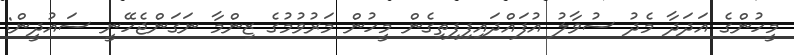
މީހުންގެ އަދަދާ މެދު ސުވާލު އުފައްދައިފިފިތިގެން މީހުން މަރުވުމުގެ ޒިންމާ ނަގަންޖެހޭނީ ސައުދީން: